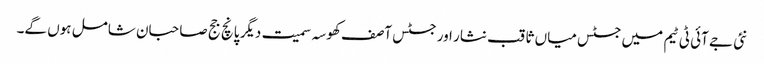
نئی جے آئی ٹی ٹیم میں جسٹس میاں ثاقب نثار اور جسٹس آصف کھوسہ سمیت دیگر پانچ جج صاحبان شامل ہوں گے۔